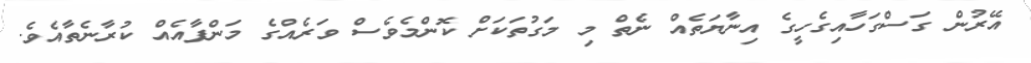
އޭރުން ގަސްގަހާއިގެހީގެ އިނާޔަތެއް ނެތް މި މަގުތަކަށް ކޮންމެވެސް ވަރެއްގެ މަންފާއެއް ކުރާނެތާއެވެ.